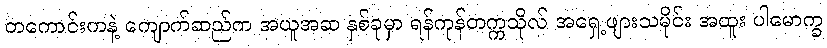
တကောင်းကနဲ့ ကျောက်ဆည်က အယူအဆ နှစ်ခုမှာ ရန်ကုန်တက္ကသိုလ် အရှေ့ဖျားသမိုင်း အထူး ပါမောက္ခ